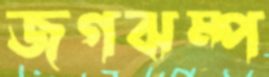
জগঝম্প